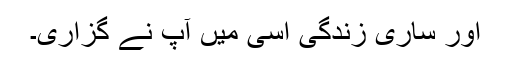
اور ساری زندگی اسی میں آپؐ نے گزاری۔